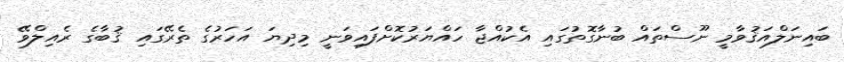
ބައިނަލްއަޤުވާމީ ނޫސްތައް ބުނާގޮތުގައި އެކުއްޖާ ހައްޔަރުކޮށްފައިވަނީ މިދިޔަ އަހަރުގެ ތެރޭގައި ޤުބާގެ ރެއިލްވޭ